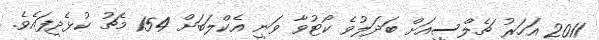
2011 އަހަރު ޗެލްސީއަށް ބަދަލުވެ ކޯޓުވާ ވަނީ އެކްލަބަށް 154 މެޗު ކުޅެދީފައެވެ.